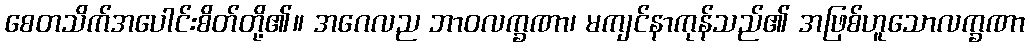
စေတသိက်အပေါင်းစိတ်တို့၏။ အဂေလည ဘာဝလက္ခဏာ၊ မကျင်နာကုန်သည်၏ အဖြစ်ဟူသောလက္ခဏာ